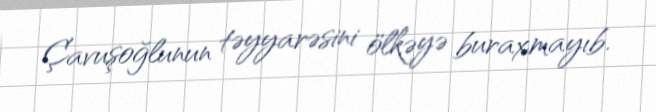
Çavuşoğlunun təyyarəsini ölkəyə buraxmayıb.